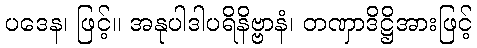
ပဒေန၊ ဖြင့်။ အနုပါဒါပရိနိဗ္ဗာနံ၊ တဏှာဒိဋ္ဌိအားဖြင့်